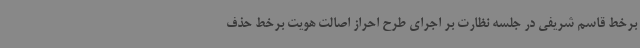
برخط قاسم شریفی در جلسه نظارت بر اجرای طرح احراز اصالت هویت برخط حذف